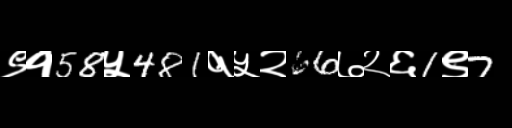
Text: ९१58५481१५२66७२६1९7